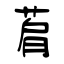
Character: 菺